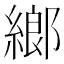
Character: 𦂧